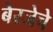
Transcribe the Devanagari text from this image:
बेरजेचे